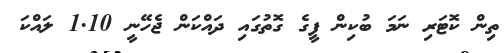
ތިން ކޮޓަރި ނަމަ ބުކިން ފީގެ ގޮތުގައި ދައްކަން ޖެހޭނީ 1.10 ލައްކަ